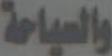
والسياحة